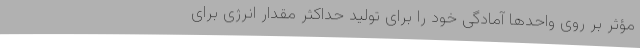
مؤثر بر روی واحدها آمادگی خود را برای تولید حداکثر مقدار انرژی برای